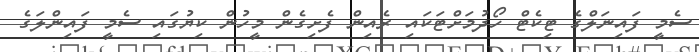
ސެމީ ފައިނަލްގެ ޓިކެޓް ހޯދުމަށްޓަކައި ރެއިން ފެށިގެން މީހުން ކިޔުގައި ސެމީ ފައިންލަގެ